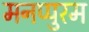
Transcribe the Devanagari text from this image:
मनप्पुरम